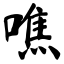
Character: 噍